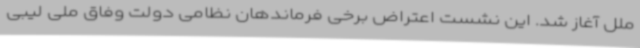
ملل آغاز شد. این نشست اعتراض برخی فرماندهان نظامی دولت وفاق ملی لیبی